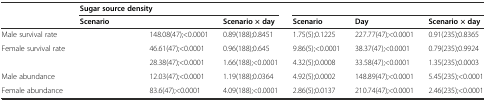
<table><thead><tr><td>[EMPTY_CELL]</td><td colspan="3"><b>Sugar source density</b></td><td colspan="3">[EMPTY_CELL]</td></tr><tr><td>[EMPTY_CELL]</td><td><b>Scenario</b></td><td>[EMPTY_CELL]</td><td><b>Scenario × day</b></td><td><b>Scenario</b></td><td><b>Day</b></td><td><b>Scenario × day</b></td></tr></thead><tbody><tr><td>Male survival rate</td><td>[EMPTY_CELL]</td><td>148.08(47);&lt;0.0001</td><td>0.89(188);0.8451</td><td>1.75(5);0.1225</td><td>227.77(47);&lt;0.0001</td><td>0.91(235);0.8365</td></tr><tr><td>Female survival rate</td><td>[EMPTY_CELL]</td><td>46.61(47);&lt;0.0001</td><td>0.96(188);0.645</td><td>9.86(5);&lt;0.0001</td><td>38.37(47);&lt;0.0001</td><td>0.79(235);0.9924</td></tr><tr><td>[EMPTY_CELL]</td><td>[EMPTY_CELL]</td><td>28.38(47);&lt;0.0001</td><td>1.66(188);&lt;0.0001</td><td>4.32(5);0.0008</td><td>33.58(47);&lt;0.0001</td><td>1.35(235);0.0003</td></tr><tr><td>Male abundance</td><td>[EMPTY_CELL]</td><td>12.03(47);&lt;0.0001</td><td>1.19(188);0.0364</td><td>4.92(5);0.0002</td><td>148.89(47);&lt;0.0001</td><td>5.45(235);&lt;0.0001</td></tr><tr><td>Female abundance</td><td>[EMPTY_CELL]</td><td>83.6(47);&lt;0.0001</td><td>4.09(188);&lt;0.0001</td><td>2.86(5);0.0137</td><td>210.74(47);&lt;0.0001</td><td>2.46(235);&lt;0.0001</td></tr></tbody></table>